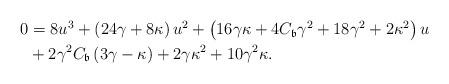
LaTeX: \begin{align*}\begin{aligned} 0& =8 u^3 +\left( 24 \gamma + 8 \kappa \right) u^2+\left( 16 \gamma \kappa + 4 C_\mathfrak{b} \gamma^2 + 18 \gamma^2 + 2 \kappa^2 \right) u\\& +2 \gamma^2 C_\mathfrak{b} \left( 3 \gamma - \kappa \right) + 2 \gamma \kappa^2 + 10 \gamma^2 \kappa .\end{aligned}\end{align*}